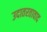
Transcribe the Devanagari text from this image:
उदातरतावाद